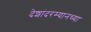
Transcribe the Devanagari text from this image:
देशांदरम्यानच्या